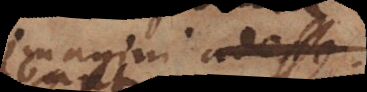
imagini adesse;